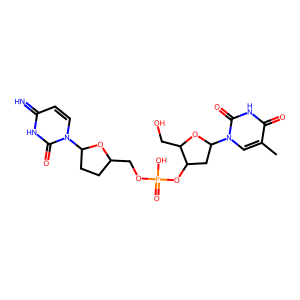
SMILES: Cc1cn(C2CC(OP(=O)(O)OCC3CCC(n4ccc(=N)[nH]c4=O)O3)C(CO)O2)c(=O)[nH]c1=O
Inhibits HIV replication: Yes